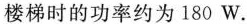
楼梯时的功率约为180W.